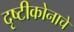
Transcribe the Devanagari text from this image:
दृष्टीकोनाचे